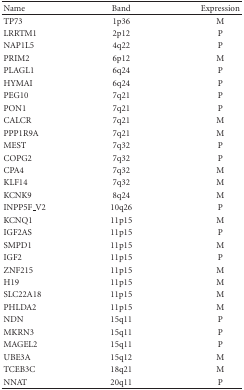
| Name | Band | Expression |
 | --- | --- | --- |
 | TP73 | 1p36 | M |
 | LRRTM1 | 2p12 | P |
 | NAP1L5 | 4q22 | P |
 | PRIM2 | 6p12 | M |
 | PLAGL1 | 6q24 | P |
 | HYMAI | 6q24 | P |
 | PEG10 | 7q21 | P |
 | PON1 | 7q21 | P |
 | CALCR | 7q21 | M |
 | PPP1R9A | 7q21 | M |
 | MEST | 7q32 | P |
 | COPG2 | 7q32 | P |
 | CPA4 | 7q32 | M |
 | KLF14 | 7q32 | M |
 | KCNK9 | 8q24 | M |
 | INPP5F_V2 | 10q26 | P |
 | KCNQ1 | 11p15 | M |
 | IGF2AS | 11p15 | P |
 | SMPD1 | 11p15 | M |
 | IGF2 | 11p15 | P |
 | ZNF215 | 11p15 | M |
 | H19 | 11p15 | M |
 | SLC22A18 | 11p15 | M |
 | PHLDA2 | 11p15 | M |
 | NDN | 15q11 | P |
 | MKRN3 | 15q11 | P |
 | MAGEL2 | 15q11 | P |
 | UBE3A | 15q12 | M |
 | TCEB3C | 18q21 | M |
 | NNAT | 20q11 | P |